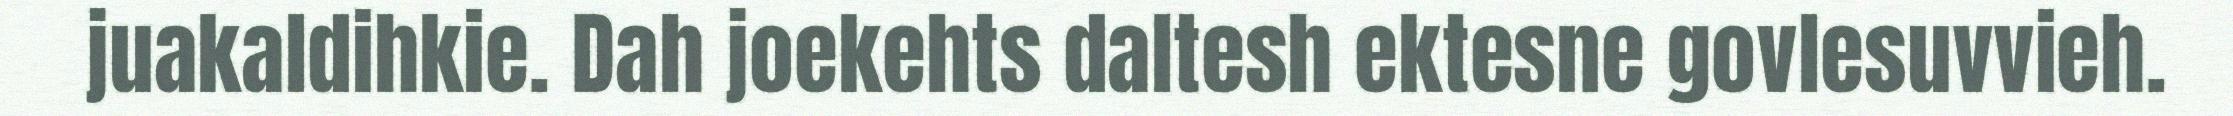
juakaldihkie. Dah joekehts daltesh ektesne govlesuvvieh.